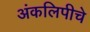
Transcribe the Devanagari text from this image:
अंकलिपीचे